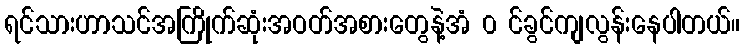
ရင်သားဟာသင်အကြိုက်ဆုံးအဝတ်အစားတွေနဲ့အံ ၀ င်ခွင်ကျလွန်းနေပါတယ်။